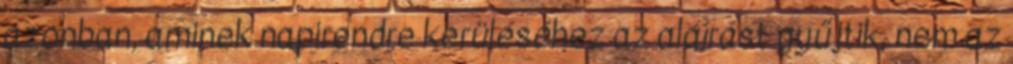
azonban, aminek napirendre kerüléséhez az aláírást gyűjtik, nem az